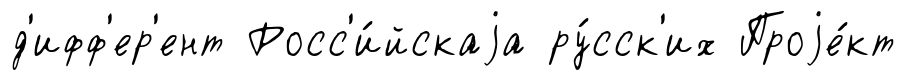
д'ифф'ер'ент Росс'и́йскаjа ру́сск'их Проjе́кт